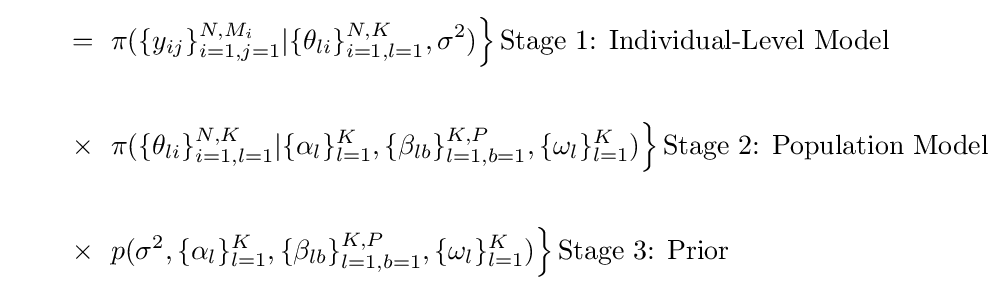
{\begin{aligned}=&~\left.{\pi (\{y_{ij}\}_{i=1,j=1}^{N,M_{i}}|\{\theta _{li}\}_{i=1,l=1}^{N,K},\sigma ^{2})}\right\}{\text{Stage 1: Individual-Level Model}}\\{\phantom {spacer}}\\\times &~\left.{\pi (\{\theta _{li}\}_{i=1,l=1}^{N,K}|\{\alpha _{l}\}_{l=1}^{K},\{\beta _{lb}\}_{l=1,b=1}^{K,P},\{\omega _{l}\}_{l=1}^{K})}\right\}{\text{Stage 2: Population Model}}\\{\phantom {spacer}}\\\times &~\left.{p(\sigma ^{2},\{\alpha _{l}\}_{l=1}^{K},\{\beta _{lb}\}_{l=1,b=1}^{K,P},\{\omega _{l}\}_{l=1}^{K})}\right\}{\text{Stage 3: Prior}}\end{aligned}}